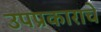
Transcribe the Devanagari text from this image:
उपप्रकाराचे